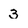
Character: 3